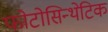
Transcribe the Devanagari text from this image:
फोटोसिन्थेटिक